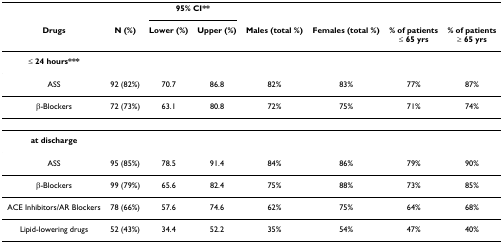
<table><thead><tr><td></td><td></td><td colspan="2"><b>95% CI**</b></td><td></td><td></td><td></td><td></td></tr><tr><td><b>Drugs</b></td><td><b>N (%)</b></td><td><b>Lower (%)</b></td><td><b>Upper (%)</b></td><td><b>Males (total %)</b></td><td><b>Females (total %)</b></td><td><b>% of patients≤ 65 yrs</b></td><td><b>% of patients≥ 65 yrs</b></td></tr></thead><tbody><tr><td><b>≤ 24 hours***</b></td><td></td><td></td><td></td><td></td><td></td><td></td><td></td></tr><tr><td>ASS</td><td>92 (82%)</td><td>70.7</td><td>86.8</td><td>82%</td><td>83%</td><td>77%</td><td>87%</td></tr><tr><td>β-Blockers</td><td>72 (73%)</td><td>63.1</td><td>80.8</td><td>72%</td><td>75%</td><td>71%</td><td>74%</td></tr><tr><td><b>at discharge</b></td><td></td><td></td><td></td><td></td><td></td><td></td><td></td></tr><tr><td>ASS</td><td>95 (85%)</td><td>78.5</td><td>91.4</td><td>84%</td><td>86%</td><td>79%</td><td>90%</td></tr><tr><td>β-Blockers</td><td>99 (79%)</td><td>65.6</td><td>82.4</td><td>75%</td><td>88%</td><td>73%</td><td>85%</td></tr><tr><td>ACE Inhibitors/AR Blockers</td><td>78 (66%)</td><td>57.6</td><td>74.6</td><td>62%</td><td>75%</td><td>64%</td><td>68%</td></tr><tr><td>Lipid-lowering drugs</td><td>52 (43%)</td><td>34.4</td><td>52.2</td><td>35%</td><td>54%</td><td>47%</td><td>40%</td></tr></tbody></table>